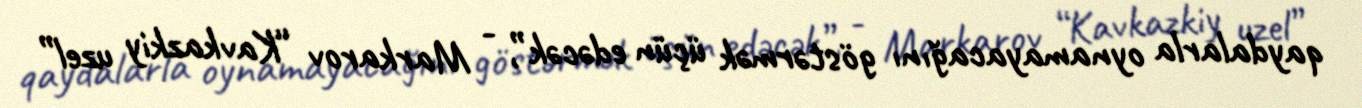
qaydalarla oynamayacağını göstərmək üçün edəcək”, - Markarov “Kavkazkiy uzel”